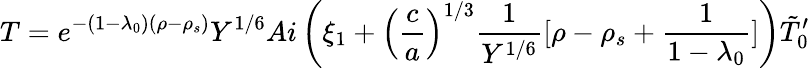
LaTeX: T=e^{-(1-\lambda_{0})(\rho-\rho_{s})}Y^{1/6}Ai\left(\xi_{1}+\left({\frac{c}{a}}\right)^{1/3}{\frac{1}{Y^{1/6}}}[\rho-\rho_{s}+{\frac{1}{1-\lambda_{0}}}]\right)\tilde{T}_{0}^{\prime}